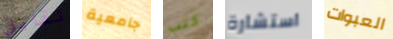
نقابل جامعية كتب استشارة العبوات